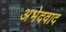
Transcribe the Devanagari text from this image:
अभेदवाद